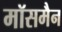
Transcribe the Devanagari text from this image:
मॉसमैन